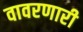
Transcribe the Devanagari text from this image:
वावरणारी